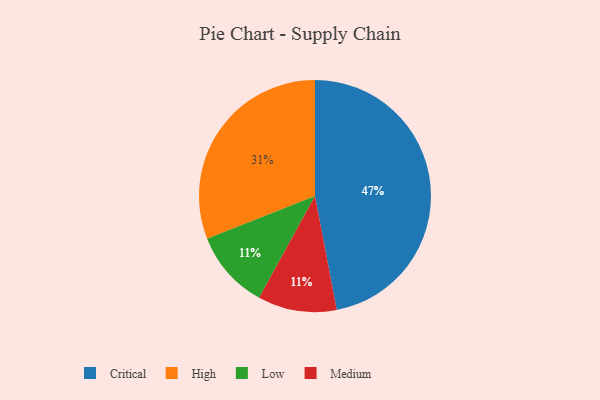
{"axis": {"x": "Category", "y": "Percentage"}, "legend": ["Critical", "High", "Low", "Medium"], "data": [{"x": "High", "y": 31, "type": "High"}, {"x": "Critical", "y": 47, "type": "Critical"}, {"x": "Low", "y": 11, "type": "Low"}, {"x": "Medium", "y": 11, "type": "Medium"}]}